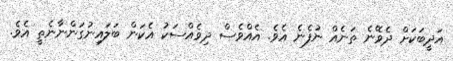
އަދީބަކަށް ދެވޭނެ ތަނެއް ނުފެނެ އެވެ. އެއްވެސް ދިވެއްސަކު އެކަން ބަލައިނުގަންނާނެތީ އެވެ.